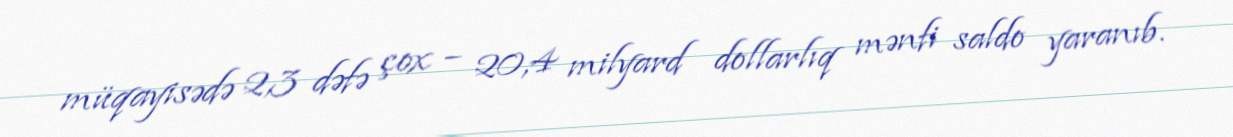
müqayisədə 2,3 dəfə çox – 20,4 milyard dollarlıq mənfi saldo yaranıb.